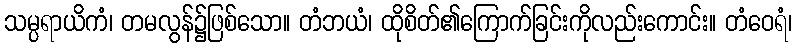
သမ္ပရာယိကံ၊ တမလွန်၌ဖြစ်သော။ တံဘယံ၊ ထိုစိတ်၏ကြောက်ခြင်းကိုလည်းကောင်း။ တံဝေရံ၊